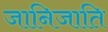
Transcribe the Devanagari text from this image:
जानिजाति